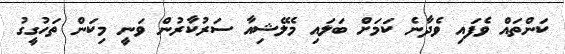
ކަންތައް ވެފައި ވެދާނެ ކަމަށް ބަލައި މެލޭޝިއާ ސަރުކާރުން ވަނީ މިކަން ތަހުގީގު